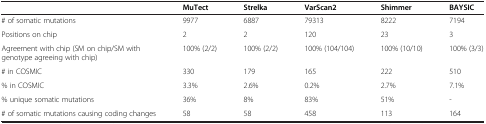
|  | MuTect | Strelka | VarScan2 | Shimmer | BAYSIC |
 | --- | --- | --- | --- | --- | --- |
 | # of somatic mutations | 9977 | 6887 | 79313 | 8222 | 7194 |
 | Positions on chip | 2 | 2 | 120 | 23 | 3 |
 | Agreement with chip (SM on chip/SM with genotype agreeing with chip) | 100% (2/2) | 100% (2/2) | 100% (104/104) | 100% (10/10) | 100% (3/3) |
 | # in COSMIC | 330 | 179 | 165 | 222 | 510 |
 | % in COSMIC | 3.3% | 2.6% | 0.2% | 2.7% | 7.1% |
 | % unique somatic mutations | 36% | 8% | 83% | 51% | - |
 | # of somatic mutations causing coding changes | 58 | 58 | 458 | 113 | 164 |